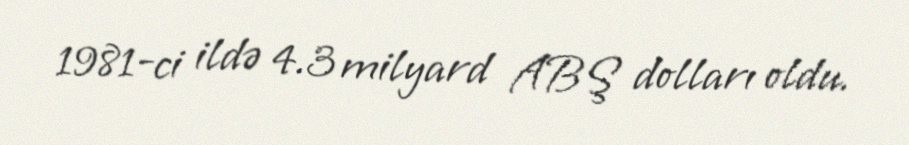
1981-ci ildə 4.3 milyard ABŞ dolları oldu.